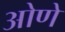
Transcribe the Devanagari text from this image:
ओणे